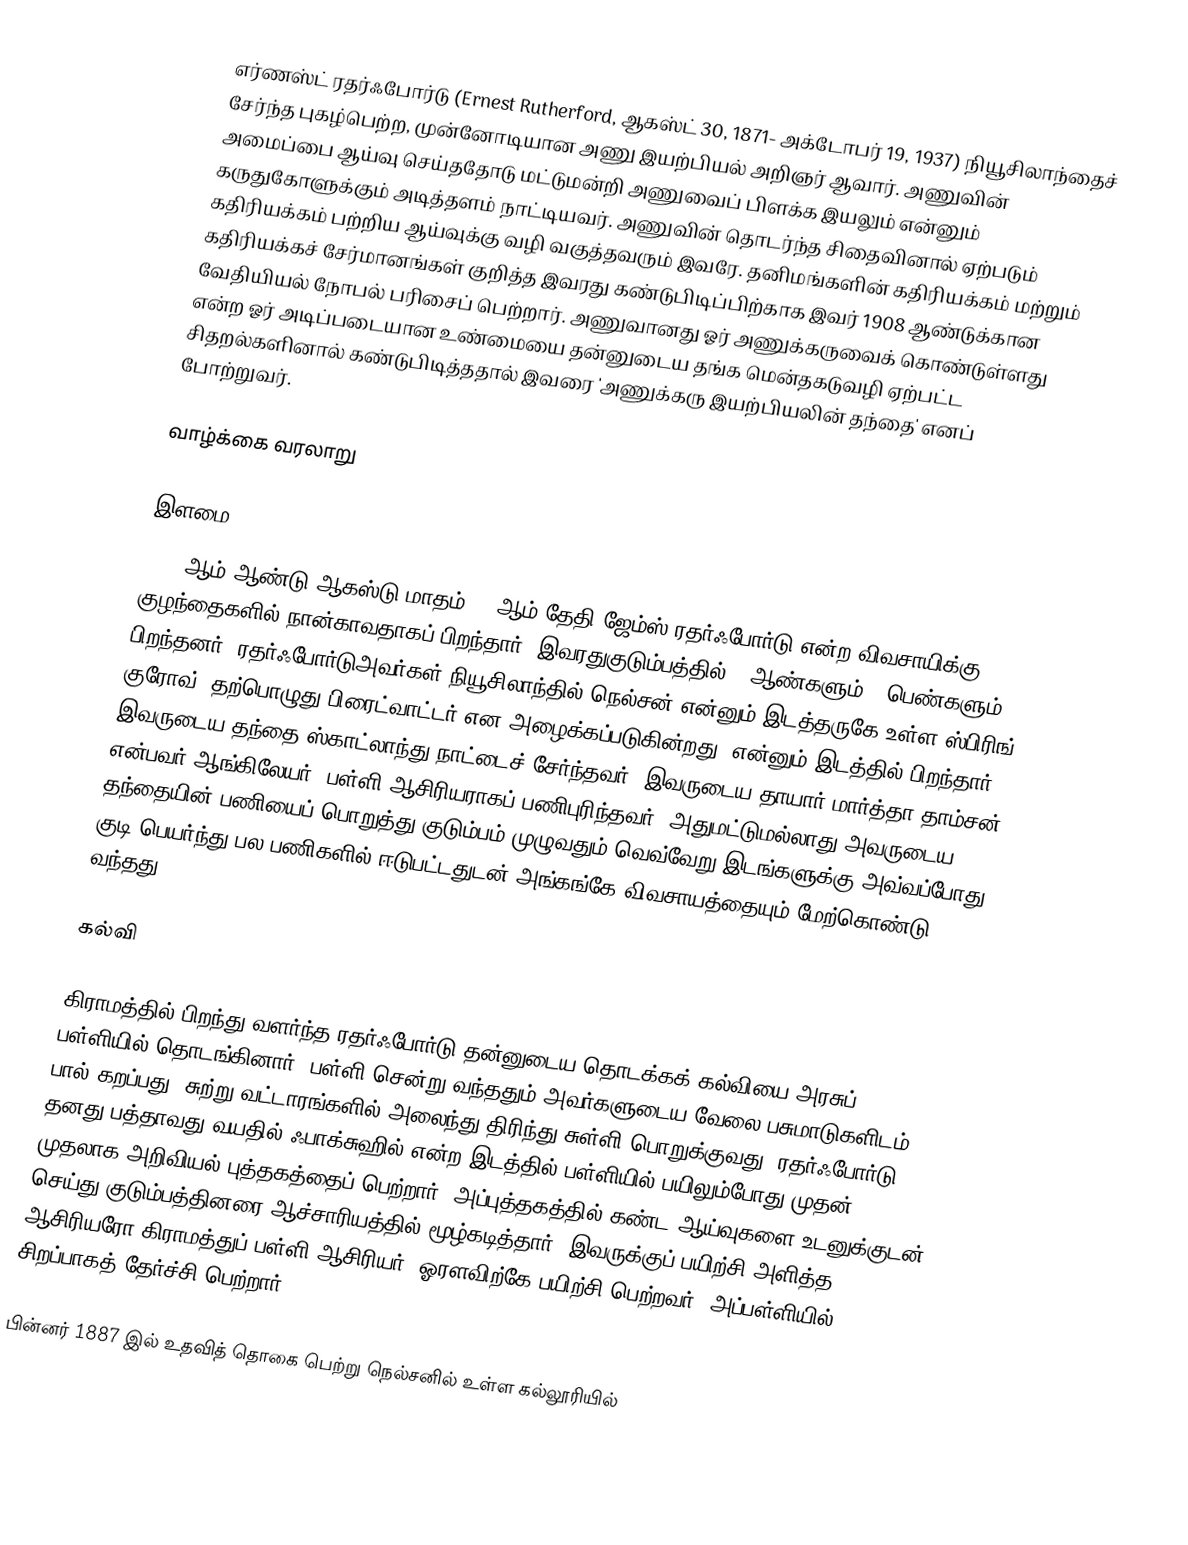
எர்ணஸ்ட் ரதர்ஃபோர்டு (Ernest Rutherford, ஆகஸ்ட் 30, 1871- அக்டோபர் 19, 1937) நியூசிலாந்தைச் சேர்ந்த புகழ்பெற்ற, முன்னோடியான அணு இயற்பியல் அறிஞர் ஆவார்.  அணுவின் அமைப்பை ஆய்வு செய்ததோடு மட்டுமன்றி அணுவைப் பிளக்க இயலும் என்னும் கருதுகோளுக்கும் அடித்தளம் நாட்டியவர். அணுவின் தொடர்ந்த சிதைவினால் ஏற்படும் கதிரியக்கம் பற்றிய ஆய்வுக்கு வழி வகுத்தவரும் இவரே. தனிமங்களின் கதிரியக்கம் மற்றும் கதிரியக்கச் சேர்மானங்கள் குறித்த இவரது கண்டுபிடிப்பிற்காக இவர் 1908 ஆண்டுக்கான வேதியியல் நோபல் பரிசைப் பெற்றார். அணுவானது ஓர் அணுக்கருவைக் கொண்டுள்ளது என்ற ஓர் அடிப்படையான உண்மையை தன்னுடைய தங்க மென்தகடுவழி ஏற்பட்ட சிதறல்களினால் கண்டுபிடித்ததால் இவரை 'அணுக்கரு இயற்பியலின் தந்தை' எனப் போற்றுவர்.

வாழ்க்கை வரலாறு

இளமை
1871 ஆம் ஆண்டு ஆகஸ்டு மாதம் 30 ஆம் தேதி ஜேம்ஸ் ரதர்ஃபோர்டு என்ற விவசாயிக்கு, 12 குழந்தைகளில் நான்காவதாகப் பிறந்தார். இவரதுகுடும்பத்தில் 7 ஆண்களும் 5 பெண்களும் பிறந்தனர். ரதர்ஃபோர்டுஅவர்கள் நியூசிலாந்தில் நெல்சன் என்னும் இடத்தருகே உள்ள ஸ்பிரிங் குரோவ் (தற்பொழுது பிரைட்வாட்டர் என அழைக்கப்படுகின்றது) என்னும் இடத்தில் பிறந்தார். இவருடைய தந்தை ஸ்காட்லாந்து நாட்டைச் சேர்ந்தவர்.  இவருடைய தாயார் மார்த்தா தாம்சன் என்பவர் ஆங்கிலேயர்.  பள்ளி ஆசிரியராகப் பணிபுரிந்தவர். அதுமட்டுமல்லாது அவருடைய தந்தையின் பணியைப் பொறுத்து குடும்பம் முழுவதும் வெவ்வேறு இடங்களுக்கு அவ்வப்போது குடி பெயர்ந்து பல பணிகளில் ஈடுபட்டதுடன் அங்கங்கே விவசாயத்தையும் மேற்கொண்டு வந்தது.

கல்வி

கிராமத்தில் பிறந்து வளர்ந்த ரதர்ஃபோர்டு தன்னுடைய தொடக்கக் கல்வியை அரசுப் பள்ளியில்  தொடங்கினார்.  பள்ளி சென்று வந்ததும் அவர்களுடைய வேலை பசுமாடுகளிடம் பால் கறப்பது, சுற்று வட்டாரங்களில் அலைந்து திரிந்து சுள்ளி பொறுக்குவது. ரதர்ஃபோர்டு தனது பத்தாவது வயதில் ஃபாக்சுஹில் என்ற இடத்தில் பள்ளியில் பயிலும்போது முதன் முதலாக அறிவியல் புத்தகத்தைப் பெற்றார். அப்புத்தகத்தில் கண்ட ஆய்வுகளை உடனுக்குடன் செய்து குடும்பத்தினரை ஆச்சாரியத்தில் மூழ்கடித்தார். இவருக்குப் பயிற்சி அளித்த ஆசிரியரோ கிராமத்துப் பள்ளி ஆசிரியர். ஓரளவிற்கே பயிற்சி பெற்றவர். அப்பள்ளியில் சிறப்பாகத் தேர்ச்சி பெற்றார்.

பின்னர் 1887 இல் உதவித் தொகை பெற்று நெல்சனில் உள்ள கல்லூரியில்